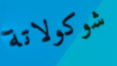
شوكولاتة